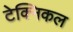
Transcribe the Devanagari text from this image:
टेक्‍निकल